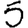
Digit: 5